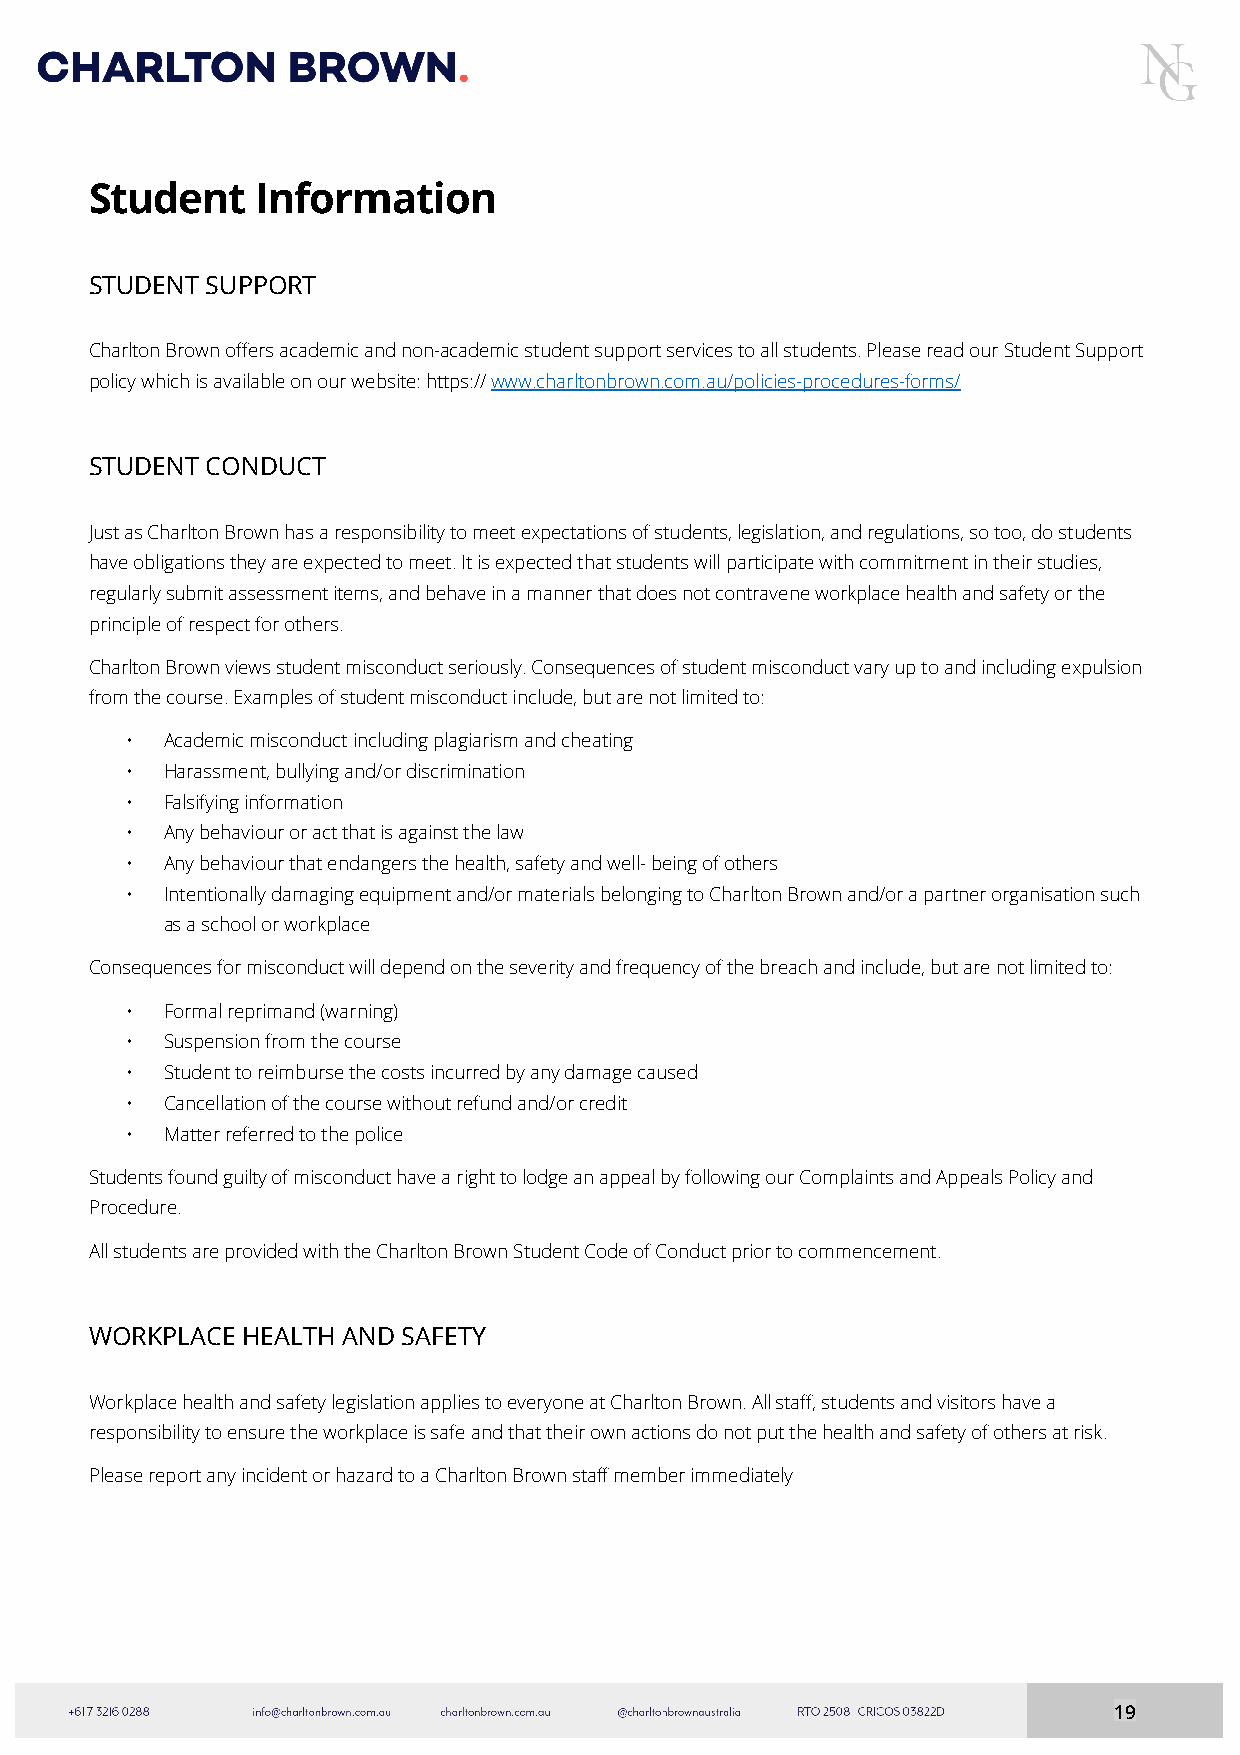
Student    Information
 STUDENT SUPPORT
 Charlton Brown offers academic and non-academic student support services to all students. Please read our Student Support
 policy which is available on our website: https:// www.charltonbrown.com.au/policies-procedures-forms/
 STUDENT CONDUCT
 Just as Charlton Brown has a responsibility to meet expectations of students, legislation, and regulations, so too, do students
 have obligations they are expected to meet. It is expected that students will participate with commitment in their studies,
 regularly submit assessment items, and behave in a manner that does not contravene workplace health and safety or the
 principle of respect for others.
 Charlton Brown views student misconduct seriously. Consequences of student misconduct vary up to and including expulsion
 from the course. Examples of student misconduct include, but are not limited to:
 •  Academic misconduct including plagiarism and cheating
 •  Harassment, bullying and/or discrimination
 •  Falsifying information
 •  Any behaviour or act that is against the law
 •  Any behaviour that endangers the health, safety and well- being of others
 •  Intentionally damaging equipment and/or materials belonging to Charlton Brown and/or a partner organisation such
 as a school or workplace
 Consequences for misconduct will depend on the severity and frequency of the breach and include, but are not limited to:
 •  Formal reprimand (warning)
 •  Suspension from the course
 •  Student to reimburse the costs incurred by any damage caused
 •  Cancellation of the course without refund and/or credit
 •  Matter referred to the police
 Students found guilty of misconduct have a right to lodge an appeal by following our Complaints and Appeals Policy and
 Procedure.
 All students are provided with the Charlton Brown Student Code of Conduct prior to commencement.
 WORKPLACE HEALTH AND SAFETY
 Workplace health and safety legislation applies to everyone at Charlton Brown. All staff, students and visitors have a
 responsibility to ensure the workplace is safe and that their own actions do not put the health and safety of others at risk.
 Please report any incident or hazard to a Charlton Brown staff member immediately
 19